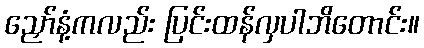
ညှော်နံ့ကလည်း ပြင်းထန်လှပါဘိတောင်း။